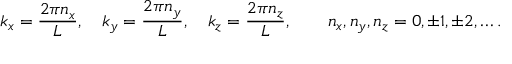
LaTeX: k _ { x } = { \frac { 2 \pi n _ { x } } { L } } , \quad k _ { y } = { \frac { 2 \pi n _ { y } } { L } } , \quad k _ { z } = { \frac { 2 \pi n _ { z } } { L } } , \qquad n _ { x } , n _ { y } , n _ { z } = 0 , \pm 1 , \pm 2 , \ldots .